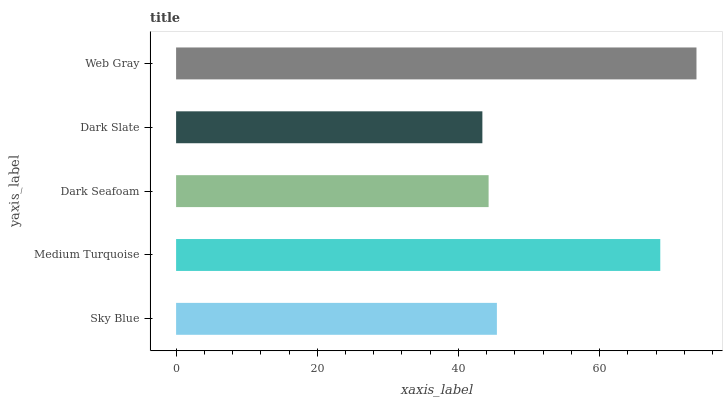
| yaxis_label | bars |
 | --- | --- |
 | Sky Blue | 45.4 |
 | Medium Turquoise | 68.6 |
 | Dark Seafoam | 44.3 |
 | Dark Slate | 43.4 |
 | Web Gray | 73.7 |